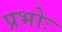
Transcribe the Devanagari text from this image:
प्रभोः